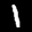
Label: 1